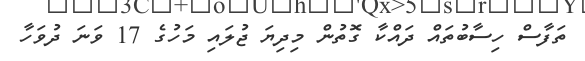
ތަފާސް ހިސާބުތައް ދައްކާ ގޮތުން މިދިޔަ ޖުލައި މަހުގެ 17 ވަނަ ދުވަހާ